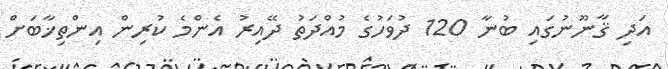
އަދި ޤާނޫނުގައި ބުނާ 120 ދުވަހުގެ މުއްދަތު ދޭއިރު އެންމެ ކުރިން އިންތިޚާބަށް